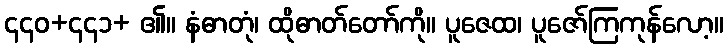
၄၄၀+၄၄၁+ ၏။ နံဓာတုံ၊ ထိုဓာတ်တော်ကို။ ပူဇေထ၊ ပူဇော်ကြကုန်လော့။